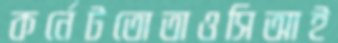
কর্নেটতোতাওসিআই